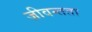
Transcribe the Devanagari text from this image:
ज़ीवन्तता